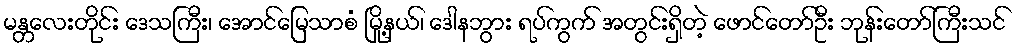
မန္တလေးတိုင်း ဒေသကြီး၊ အောင်မြေသာစံ မြို့နယ်၊ ဒေါနဘွား ရပ်ကွက် အတွင်းရှိတဲ့ ဖောင်တော်ဦး ဘုန်းတော်ကြီးသင်